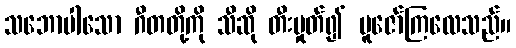
သဘောပါသော ဂီတတို့ကို သီဆို တီးမှုတ်၍ ပူဇော်ကြလေသည်။